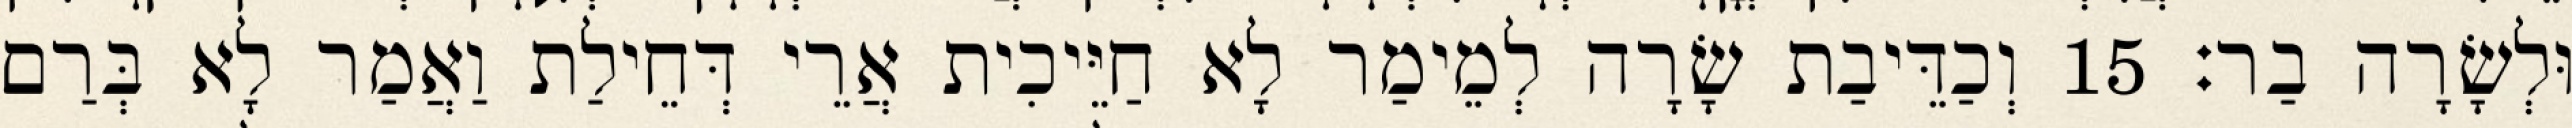
וּלְשָׂרָה בַר׃ 15 וְכַדֵּיבַת שָׂרָה לְמֵימַר לָא חַיֵּיכִית אֲרֵי דְּחֵילַת וַאֲמַר לָא בְּרַם